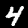
Label: 4